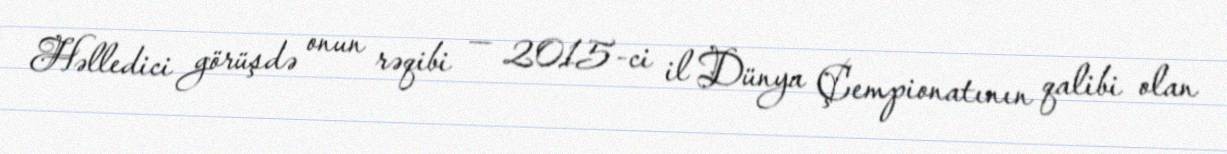
Həlledici görüşdə onun rəqibi — 2015-ci il Dünya Çempionatının qalibi olan